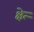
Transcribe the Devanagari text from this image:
क्षेत्र्‍